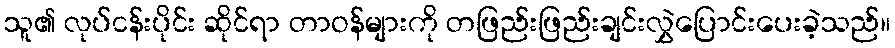
သူ၏ လုပ်ငန်းပိုင်း ဆိုင်ရာ တာဝန်များကို တဖြည်းဖြည်းချင်းလွှဲပြောင်းပေးခဲ့သည်။